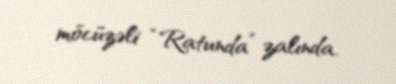
möcüzəli “Ratunda” zalında.